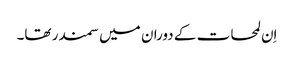
اِن لمحات کے دوران میں سمندر تھا۔